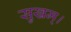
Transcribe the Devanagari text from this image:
सुखम्।